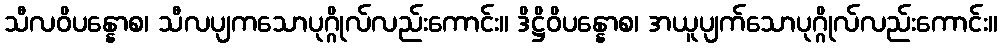
သီလဝိပန္နောစ၊ သီလပျကသောပုဂ္ဂိုလ်လည်းကောင်း။ ဒိဋ္ဌိဝိပန္နောစ၊ အယူပျက်သောပုဂ္ဂိုလ်လည်းကောင်း။